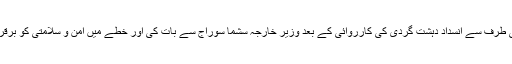
امریکہ کے محکمۂ خارجہ کے مطابق مائیک پومپیو نے 26 فروری کو بھارت کی طرف سے انسدادِ دہشت گردی کی کارروائی کے بعد وزیرِ خارجہ سشما سوراج سے بات کی اور خطے میں امن و سلامتی کو برقرار رکھنے کے لیے دونوں ملکوں کے درمیان سکیورٹی امور پر تعاون پر زور دیا۔